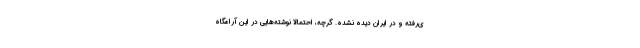
ی‌رفته و در ایران دیده نشده. گرچه، احتمالا نوشته‌هایی در این آرامگاه